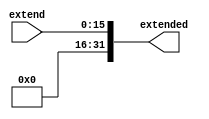
module Zero_extend(extend, extended);

input [15:0] extend;
output [31:0] extended;

assign extended = {16'b0, extend};

endmodule